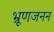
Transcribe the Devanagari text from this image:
भ्रूणजनन